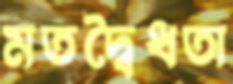
মতদ্বৈধতা